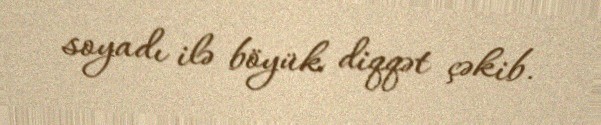
soyadı ilə böyük diqqət çəkib.